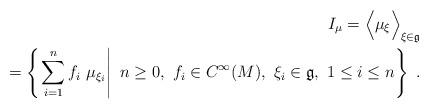
LaTeX: \begin{align*}I_\mu = \Big\langle \mu_\xi \Big\rangle_{\xi \in \mathfrak{g}}^{} \\=\left\{\left.\sum_{i=1}^n f_i ~ \mu_{\xi_i}\right|~n\geq0,~ f_i \in C^\infty(M),~ \xi_i\in \mathfrak{g},~ 1 \leq i \leq n\right\}~.\end{align*}